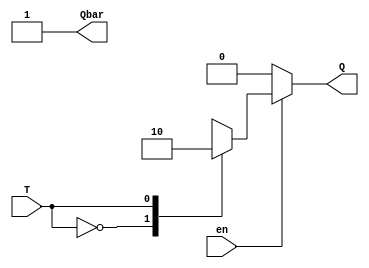
`timescale 1ns / 1ps

module T_latch(
    input en,
    input T,
    output reg Q,
    output reg Qbar
    );

always @(en or T)
begin 
Q=1'b1; Qbar=1'b0;

if(en) begin  //when en=0, Q=0
case(T)
1'b0: begin
Q<=1;
Qbar<=0;
end
1'b1:begin
Q<=0;
Qbar<=1;
end
endcase
end
else 
Q=0; Qbar=1;
end
endmodule